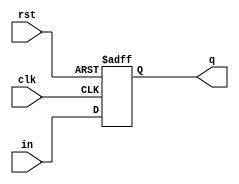
module d_ff(
    input in,
    input clk,
    input rst,
    output reg q
    ); 
     
    always@(posedge clk, posedge rst)
    begin
        if(rst)
            q<= 0;
        else 
            q <=in;
        end
endmodule


module pipo(
    input in1,in2,in3,in4,clk,rst,
    output y1,y2,y3,y4
    );
    
    d_ff d1(in1,clk,rst,y1);
    d_ff d2(in2,clk,rst,y2);
    d_ff d3(in3,clk,rst,y3);
    d_ff d4(in4,clk,rst,y4);
    
endmodule